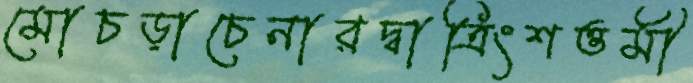
মোচড়াচেনারদ্বাত্রিংশত্তমী